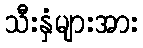
သီးနှံများအား